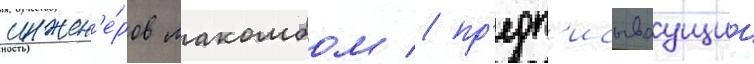
инжен'е́ров макомбом / пр'едп'исываущии